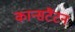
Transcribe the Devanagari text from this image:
कान्सटैंटन